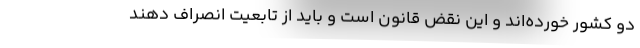
دو کشور خورده‌اند و این نقض قانون است و باید از تابعیت انصراف دهند